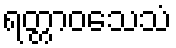
ရတ္တာဝသေသံ